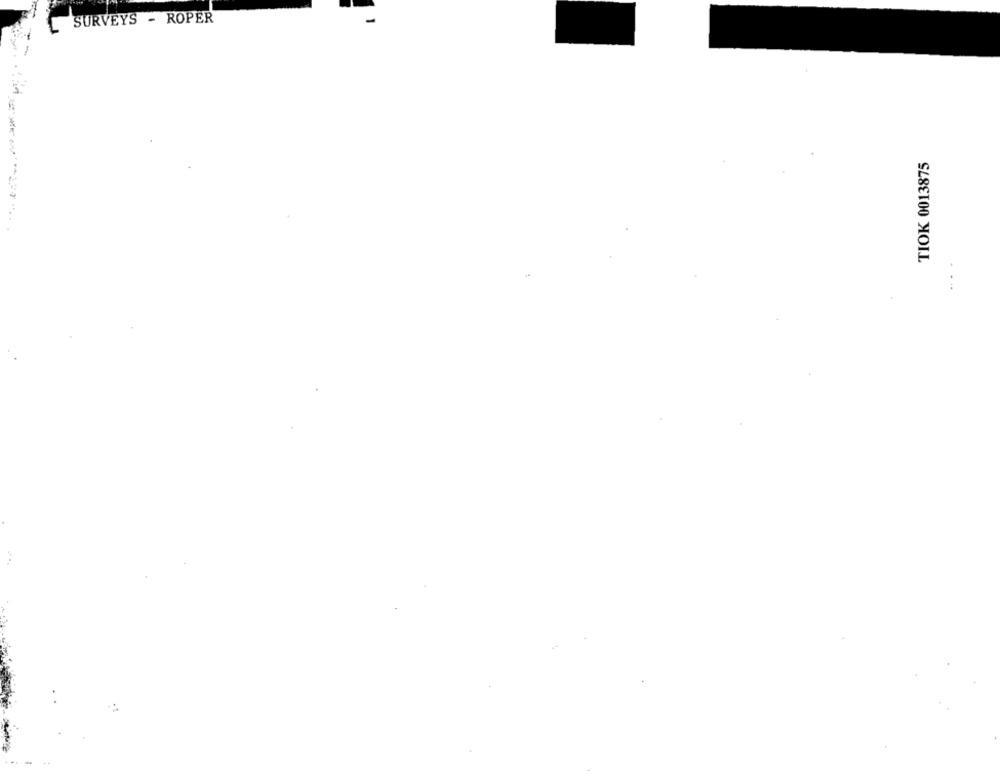
SURVEYS - ROPER
--
TIOK 0013875